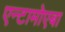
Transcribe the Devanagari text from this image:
एन्टामोएबा